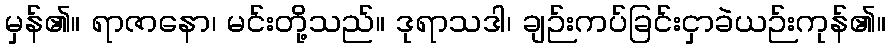
မှန်၏။ ရာဇာနော၊ မင်းတို့သည်။ ဒုရာသဒါ၊ ချဉ်းကပ်ခြင်းငှာခဲယဉ်းကုန်၏။